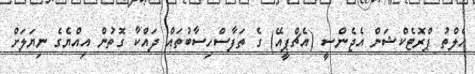
ހެލްތު ޕްރޮޓެކްޝަން އެޖެންސީ (އެޗްޕީއޭ) ގެ ތަފާސްހިސާބުތައް ދައްކާ ގޮތުން އިއްޔެގެ ނިޔަލަށް